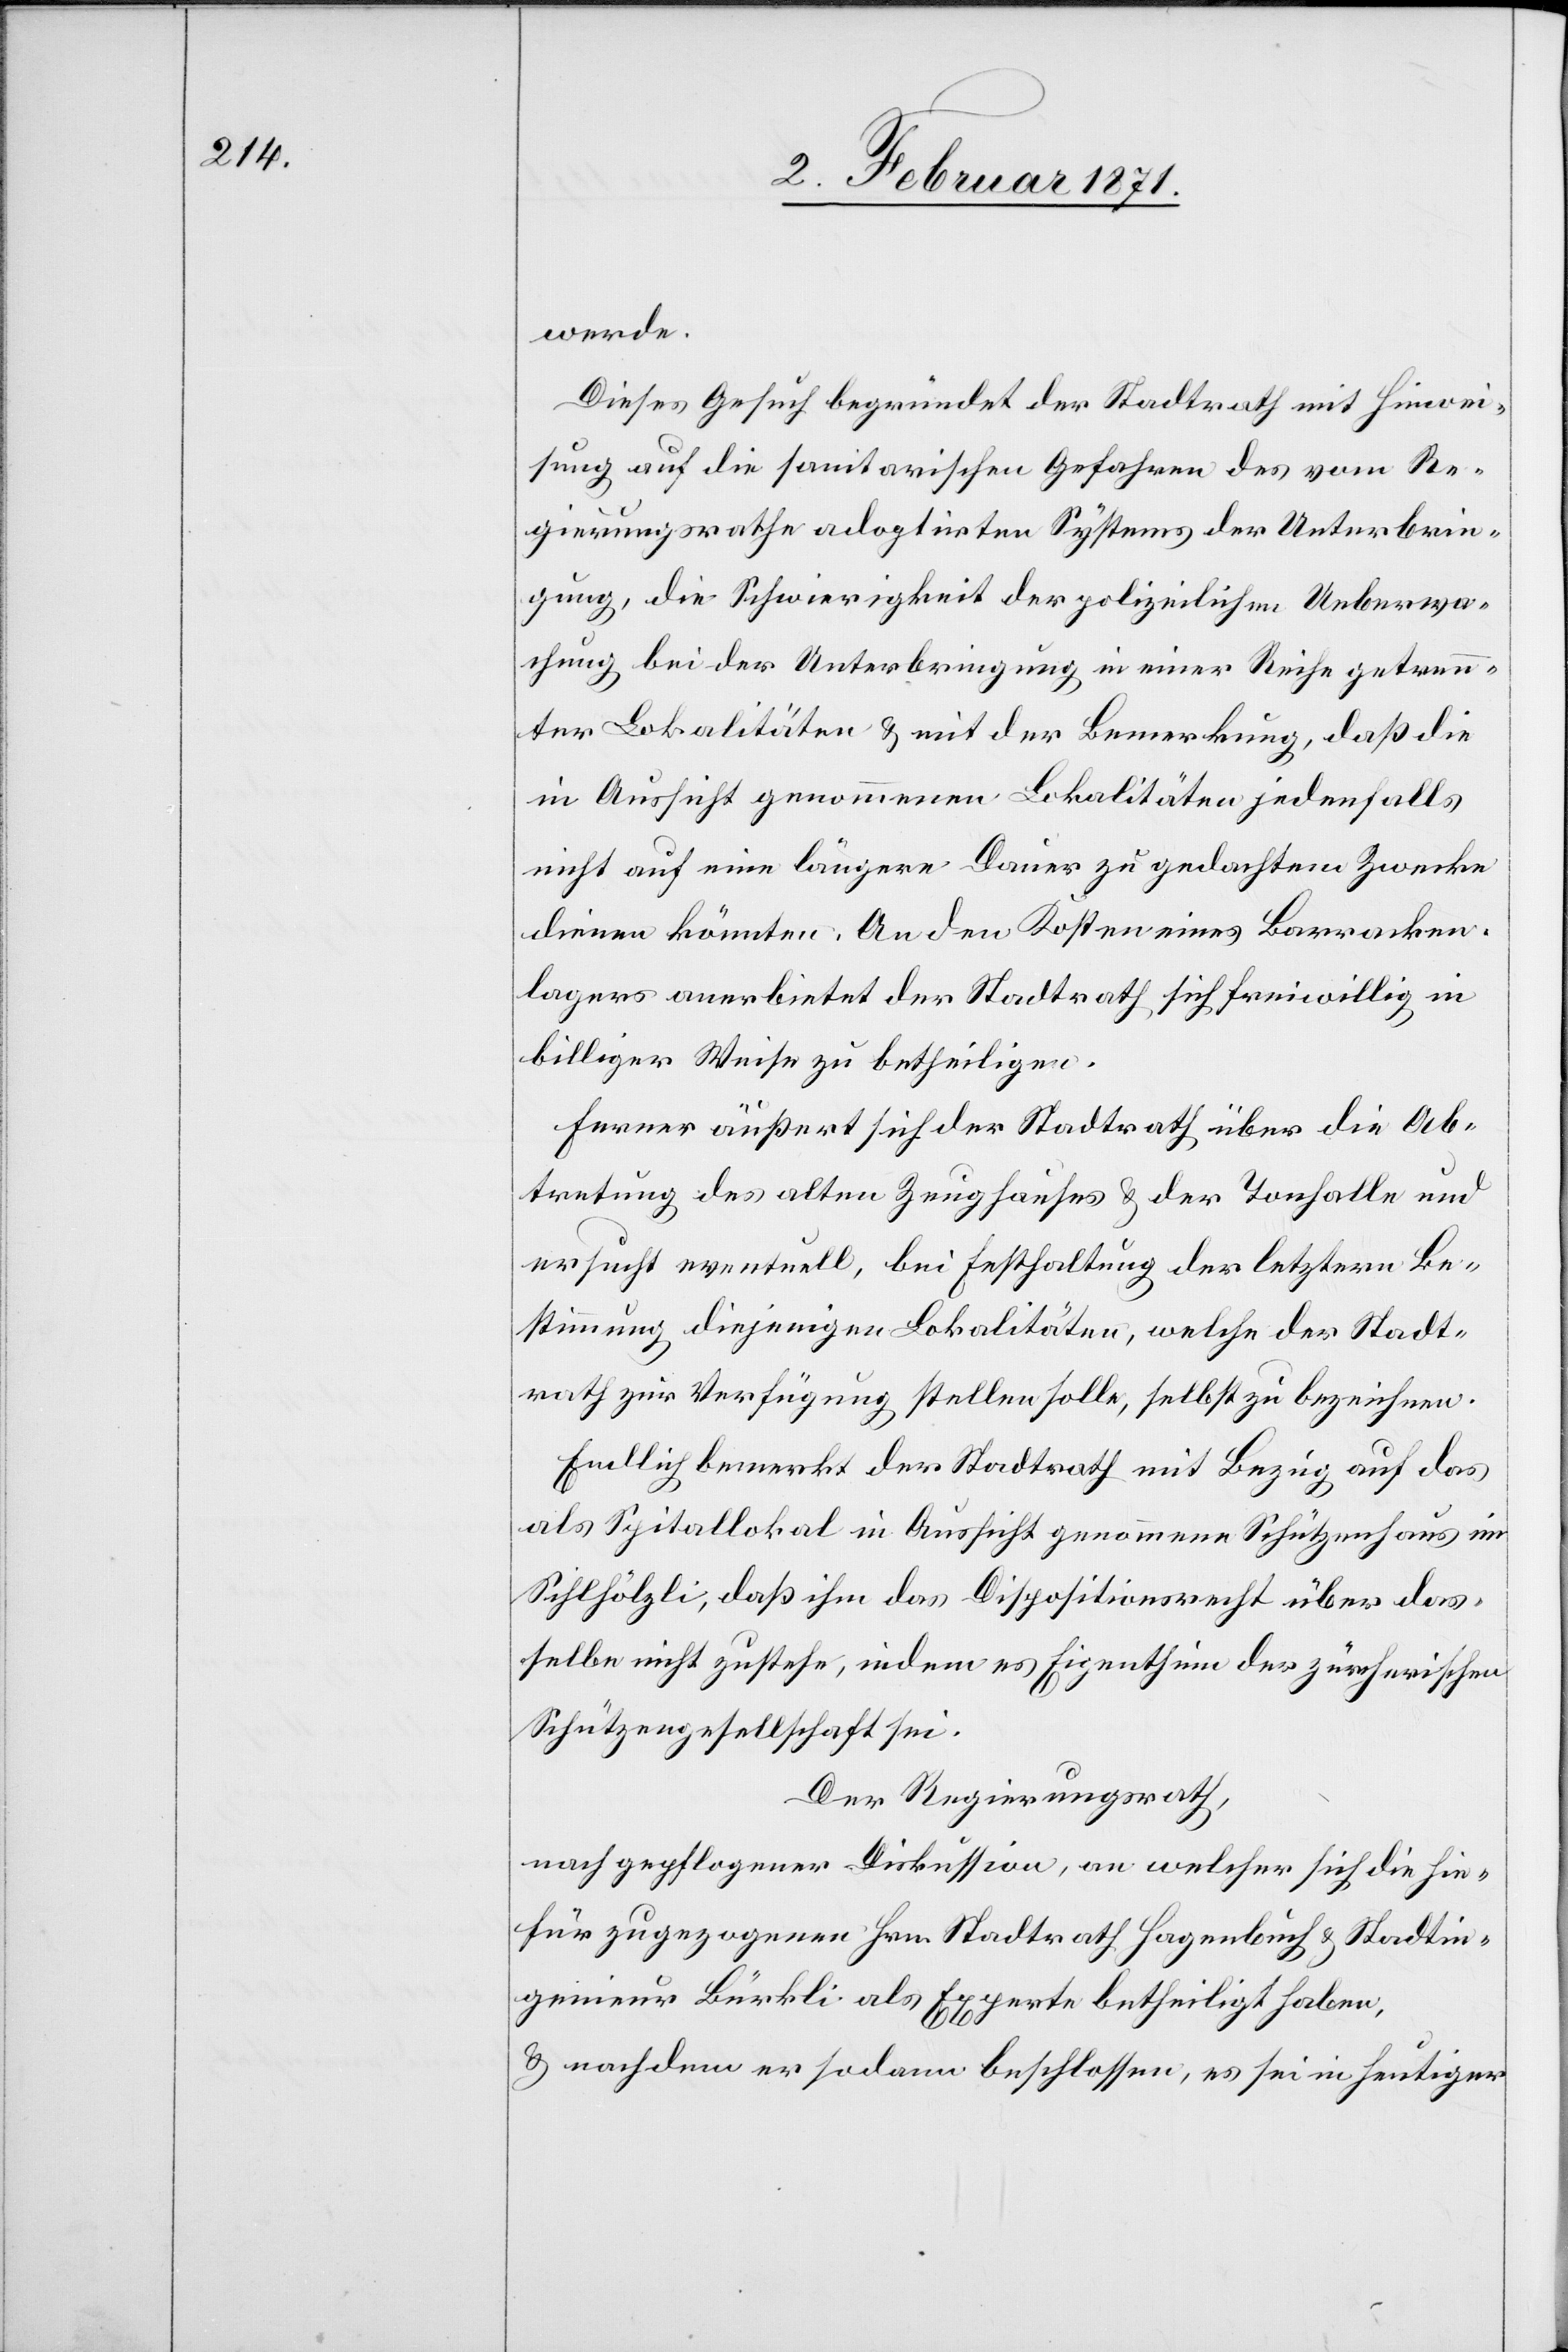
werde.
Dieses Gesuch begründet der Stadtrath mit Hinwei¬
sung auf die sanitarischen Gefahren des vom Re¬
gierungsrathe adoptirten Systems der Unterbrin¬
gung, die Schwierigkeit der polizeilichen Ueberwa¬
chung bei der Unterbringung in einer Reihe getren¬
nter Lokalitäten u. mit der Bemerkung, daß die
in Aussicht genommenen Lokalitäten jedenfalls
nicht auf eine längere Dauer zu gedachtem Zwecke
dienen könnten. An den Kosten eines Barracken¬
lagers anerbietet der Stadtrath sich freiwillig in
billiger Weise zu betheiligen.
Ferner äußert sich der Stadtrath über die Ab¬
tretung des alten Zeughauses u. der Tonhalle und
ersucht eventuell, bei Festhaltung der letztern Be¬
stimmung diejenigen Lokalitäten, welche der Stadt¬
rath zur Verfügung stellen solle, selbst zu bezeichnen.
Endlich bemerkt der Stadtrath mit Bezug auf das
als Spitallokal in Aussicht genommene Schützenhaus im
Sihlhölzli, daß ihm das Dispositionsrecht über das¬
selbe nicht zustehe, in dem es Eigenthum der zürcherischen
Schützengesellschaft sei.
Der Regierungsrath,
nach gepflogener Diskussion, an welcher sich die hie¬
für zugezogenen Hrn Stadtrath Hagenbuch u. Stadtin¬
genieur Bürkli als Experte betheiligt haben,
u. nachdem er sodann beschlossen, es sei in heutiger